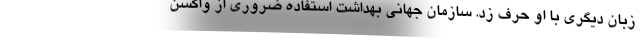
زبان دیگری با او حرف زد. سازمان جهانی بهداشت استفاده ضروری از واکسن